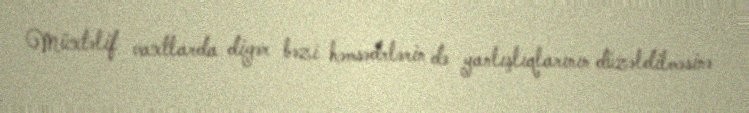
Müxtəlif vaxtlarda digər bəzi həmsədrlərin də yanlışlıqlarının düzəldilməsinə